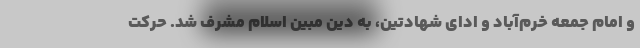
و امام جمعه خرم‌آباد و ادای شهادتین، به دین مبین اسلام مشرف شد. حرکت